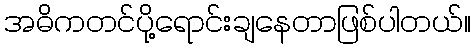
အဓိကတင်ပို့ရောင်းချနေတာဖြစ်ပါတယ်။